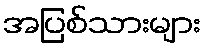
အပြစ်သားများ